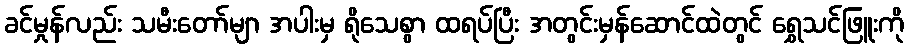
ခင်မှုန်လည်း သမီးတော်မျာ အပါးမှ ရိုသေစွာ ထရပ်ပြီး အတွင်းမှန်ဆောင်ထဲတွင် ရွှေသင်ဖြူးကို